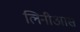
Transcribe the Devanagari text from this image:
लिनीआस